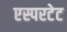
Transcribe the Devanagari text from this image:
एस्परटेट